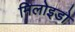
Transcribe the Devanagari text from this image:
मिलोइडो